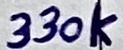
Text: 330k